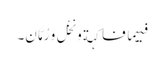
فیہِما فاکِہَة وَ نَخْل وَ رُمَّان۔